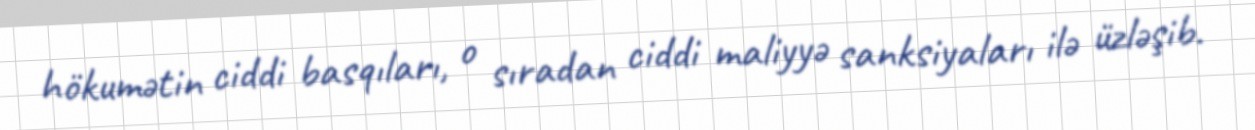
hökumətin ciddi basqıları, o sıradan ciddi maliyyə sanksiyaları ilə üzləşib.